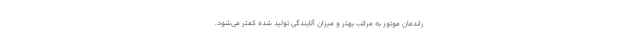
راندمان موتور به مراتب بهتر و میزان آلایندگی تولید شده کمتر می‌شود.